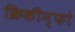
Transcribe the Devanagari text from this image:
क्रिकीन्फो